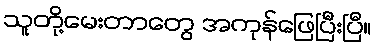
သူတို့မေးတာတွေ အကုန်ဖြေပြီးပြီ။